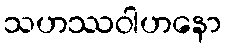
သဟဿဝါဟနော